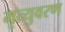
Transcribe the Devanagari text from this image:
मृत्युवरण